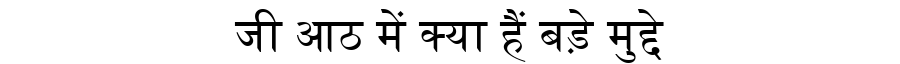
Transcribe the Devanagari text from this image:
जी आठ में क्या हैं बड़े मुद्दे